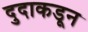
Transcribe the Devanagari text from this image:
दुदाकडून